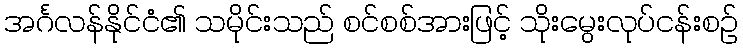
အင်္ဂလန်နိုင်ငံ၏ သမိုင်းသည် စင်စစ်အားဖြင့် သိုးမွေးလုပ်ငန်းစဉ်